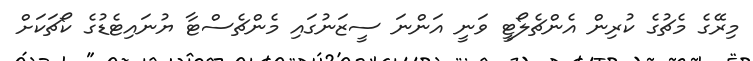
މިރޭގެ މެޗުގެ ކުރިން އެންޗެލޯޓީ ވަނީ އަންނަ ސީޒަނުގައި މެންޗެސްޓާ ޔުނައިޓެޑުގެ ކޯޗަކަށް